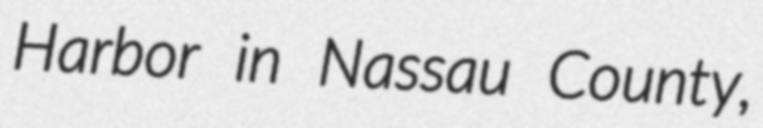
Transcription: Harbor in Nassau County,